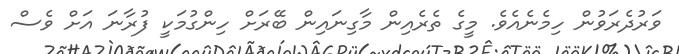
ވަރުދެރަވުން ހިމެނެއެވެ. މީގެ ތެރެއިން މާގިނައިން ބޭރަށް ހިންގުމަކީ ފުރާނަ އަށް ވެސް